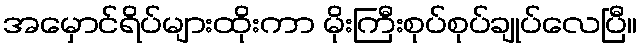
အမှောင်ရိပ်များထိုးကာ မိုးကြီးစုပ်စုပ်ချုပ်လေပြီ။